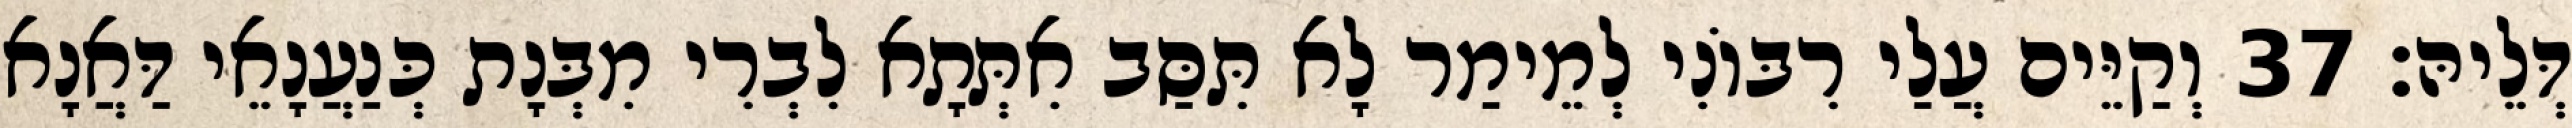
דְּלֵיהּ׃ 37 וְקַיֵּים עֲלַי רִבּוֹנִי לְמֵימַר לָא תִּסַּב אִתְּתָא לִבְרִי מִבְּנָת כְּנַעֲנָאֵי דַּאֲנָא